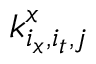
\boldsymbol { k } _ { i _ { x } , i _ { t } , j } ^ { x }